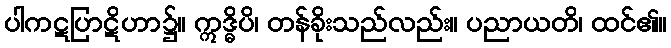
ပါကဋပြာဋိဟာ၌။ ဣဒ္ဓိပိ၊ တန်ခိုးသည်လည်း။ ပညာယတိ၊ ထင်၏။